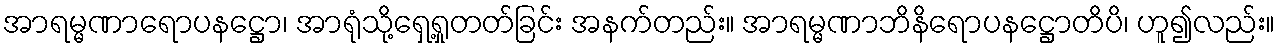
အာရမ္မဏာရောပနဋ္ဌော၊ အာရုံသို့ရှေ့ရှုတတ်ခြင်း အနက်တည်း။ အာရမ္မဏာဘိနိရောပနဋ္ဌောတိပိ၊ ဟူ၍လည်း။